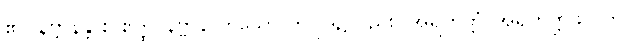
၏။ နိဗ္ဗာနန္တိ စ ဧတ္ထ၊ နိဗ္ဗာန ဟူသော ဤပုဒ်၌လည်း။ အရဟတ္တံ၊ အရဟတ္တဖိုလ်ကို။